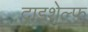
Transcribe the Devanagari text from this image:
दाइशेल्फ